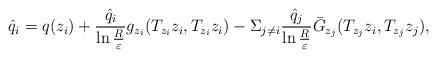
LaTeX: \begin{align*}\hat{q}_i=q(z_i)+\frac{\hat{q}_i}{\ln\frac{R}{\varepsilon}}g_{z_i}(T_{z_i}z_i, T_{z_i}z_i)-\Sigma_{j\neq i}\frac{\hat{q}_j}{\ln\frac{R}{\varepsilon}}\bar{G}_{z_j}(T_{z_j}z_i, T_{z_j}z_j),\end{align*}